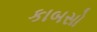
કાબસો